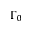
\Gamma _ { 0 }